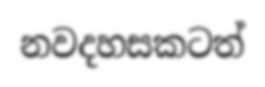
නවදහසකටත්